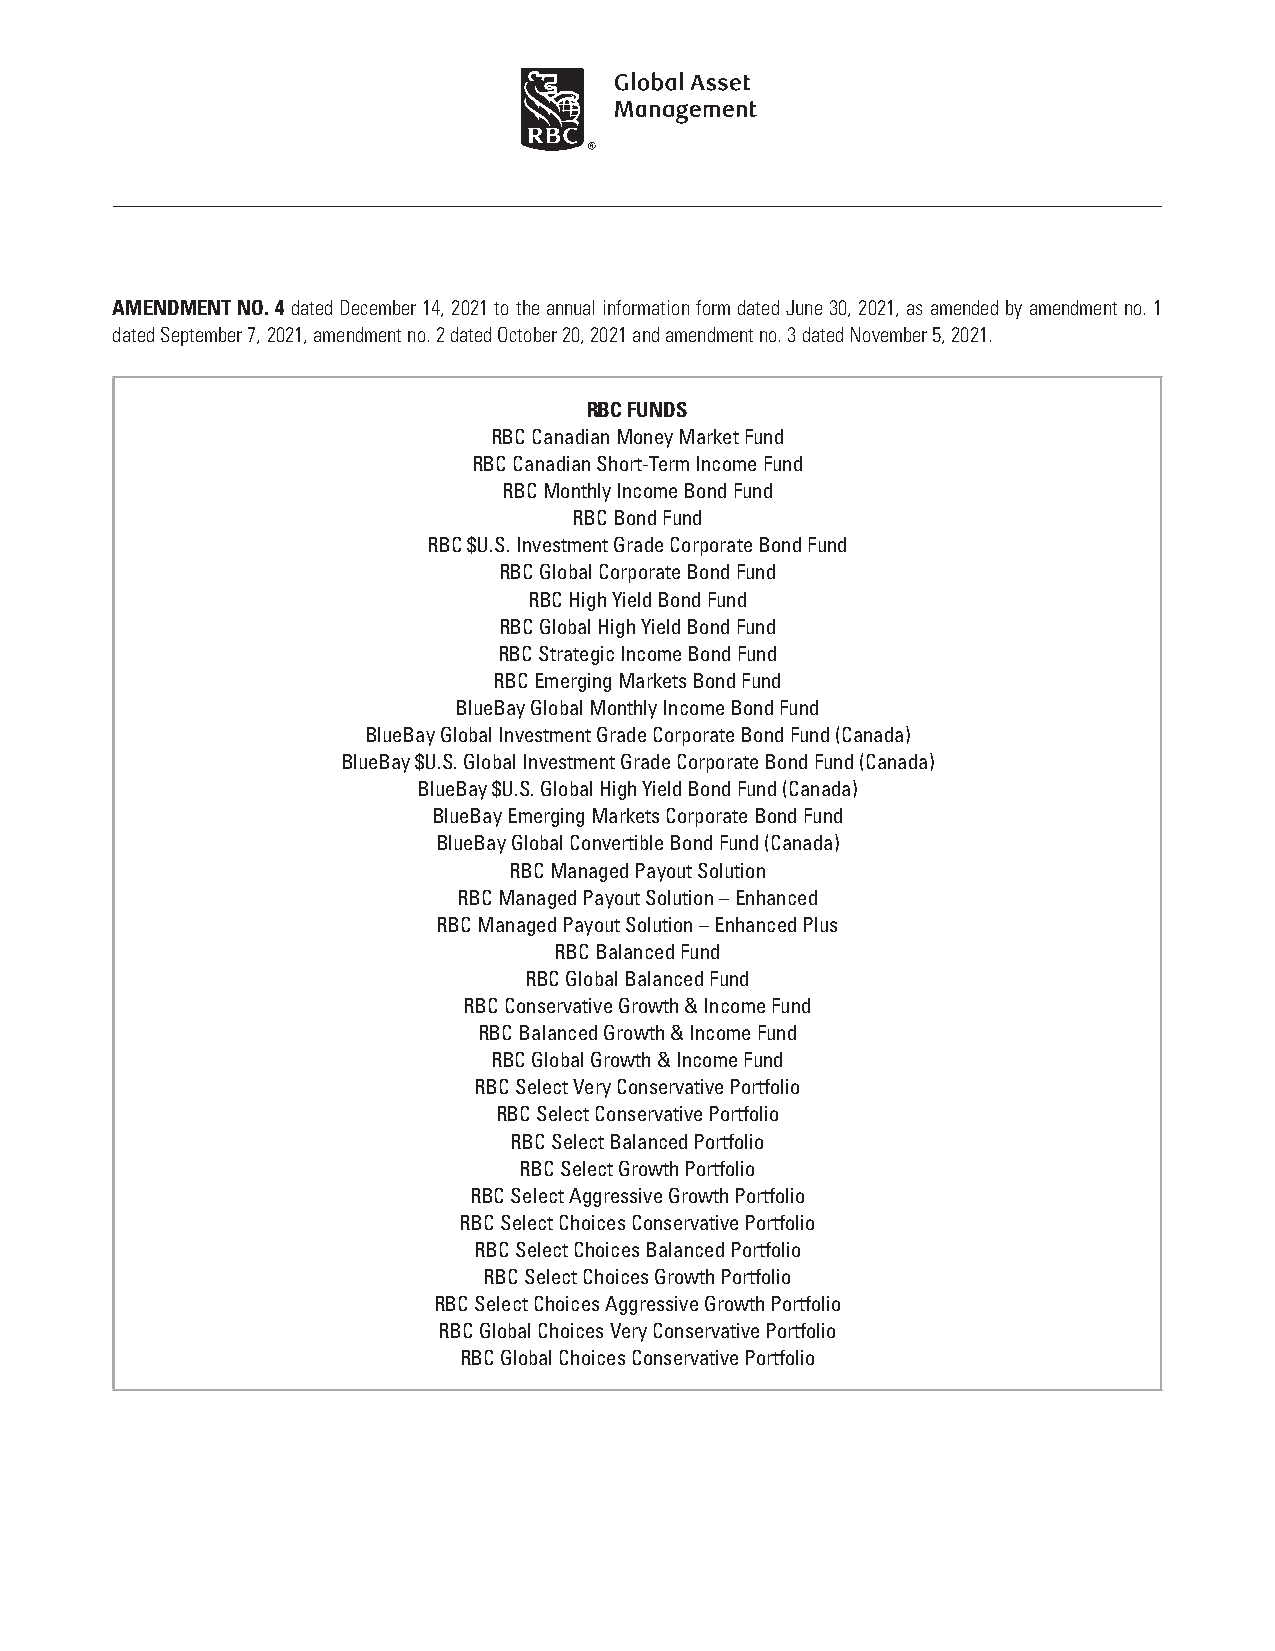
AMENDMENT NO. 4 dated December 14, 2021 to the annual information form dated June 30, 2021, as amended by amendment no. 1
 dated September 7, 2021, amendment no. 2 dated October 20, 2021 and amendment no. 3 dated November 5, 2021.
 RBC FUNDS
 RBC Canadian Money Market Fund
 RBC Canadian Short-Term Income Fund
 RBC Monthly Income Bond Fund
 RBC Bond Fund
 RBC $U.S. Investment Grade Corporate Bond Fund
 RBC Global Corporate Bond Fund
 RBC High Yield Bond Fund
 RBC Global High Yield Bond Fund
 RBC Strategic Income Bond Fund
 RBC Emerging Markets Bond Fund
 BlueBay Global Monthly Income Bond Fund
 BlueBay Global Investment Grade Corporate Bond Fund (Canada)
 BlueBay $U.S. Global Investment Grade Corporate Bond Fund (Canada)
 BlueBay $U.S. Global High Yield Bond Fund (Canada)
 BlueBay Emerging Markets Corporate Bond Fund
 BlueBay Global Convertible Bond Fund (Canada)
 RBC Managed Payout Solution
 RBC Managed Payout Solution – Enhanced
 RBC Managed Payout Solution – Enhanced Plus
 RBC Balanced Fund
 RBC Global Balanced Fund
 RBC Conservative Growth & Income Fund
 RBC Balanced Growth & Income Fund
 RBC Global Growth & Income Fund
 RBC Select Very Conservative Portfolio
 RBC Select Conservative Portfolio
 RBC Select Balanced Portfolio
 RBC Select Growth Portfolio
 RBC Select Aggressive Growth Portfolio
 RBC Select Choices Conservative Portfolio
 RBC Select Choices Balanced Portfolio
 RBC Select Choices Growth Portfolio
 RBC Select Choices Aggressive Growth Portfolio
 RBC Global Choices Very Conservative Portfolio
 RBC Global Choices Conservative Portfolio